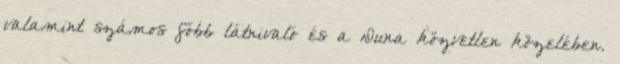
valamint számos főbb látnivaló és a Duna közvetlen közelében.